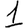
Digit: 1